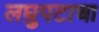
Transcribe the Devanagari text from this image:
लघुपटाचा